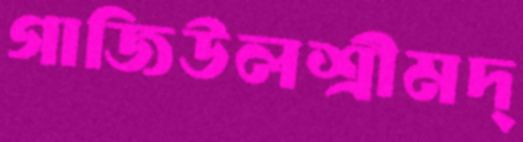
গাজিউলশ্রীমদ্